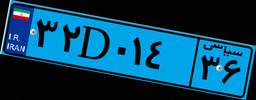
۶۴D۰۸۳۴۵